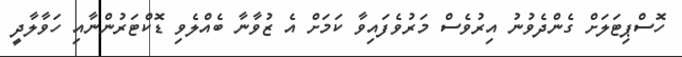
ހޮސްޕިޓަލަށް ގެންދެވުނު އިރުވެސް މަރުވެފައިވާ ކަމަށް އެ ޒުވާނާ ބެއްލެވި ޑޮކްޓަރުންނާއި ހަވާލާދީ